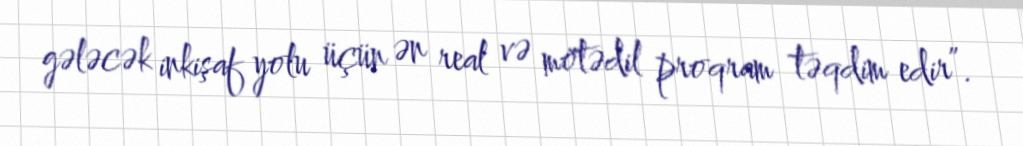
gələcək inkişaf yolu üçün ən real və mötədil proqram təqdim edir”.